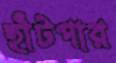
হাঁটপার